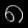
Digit: ၈